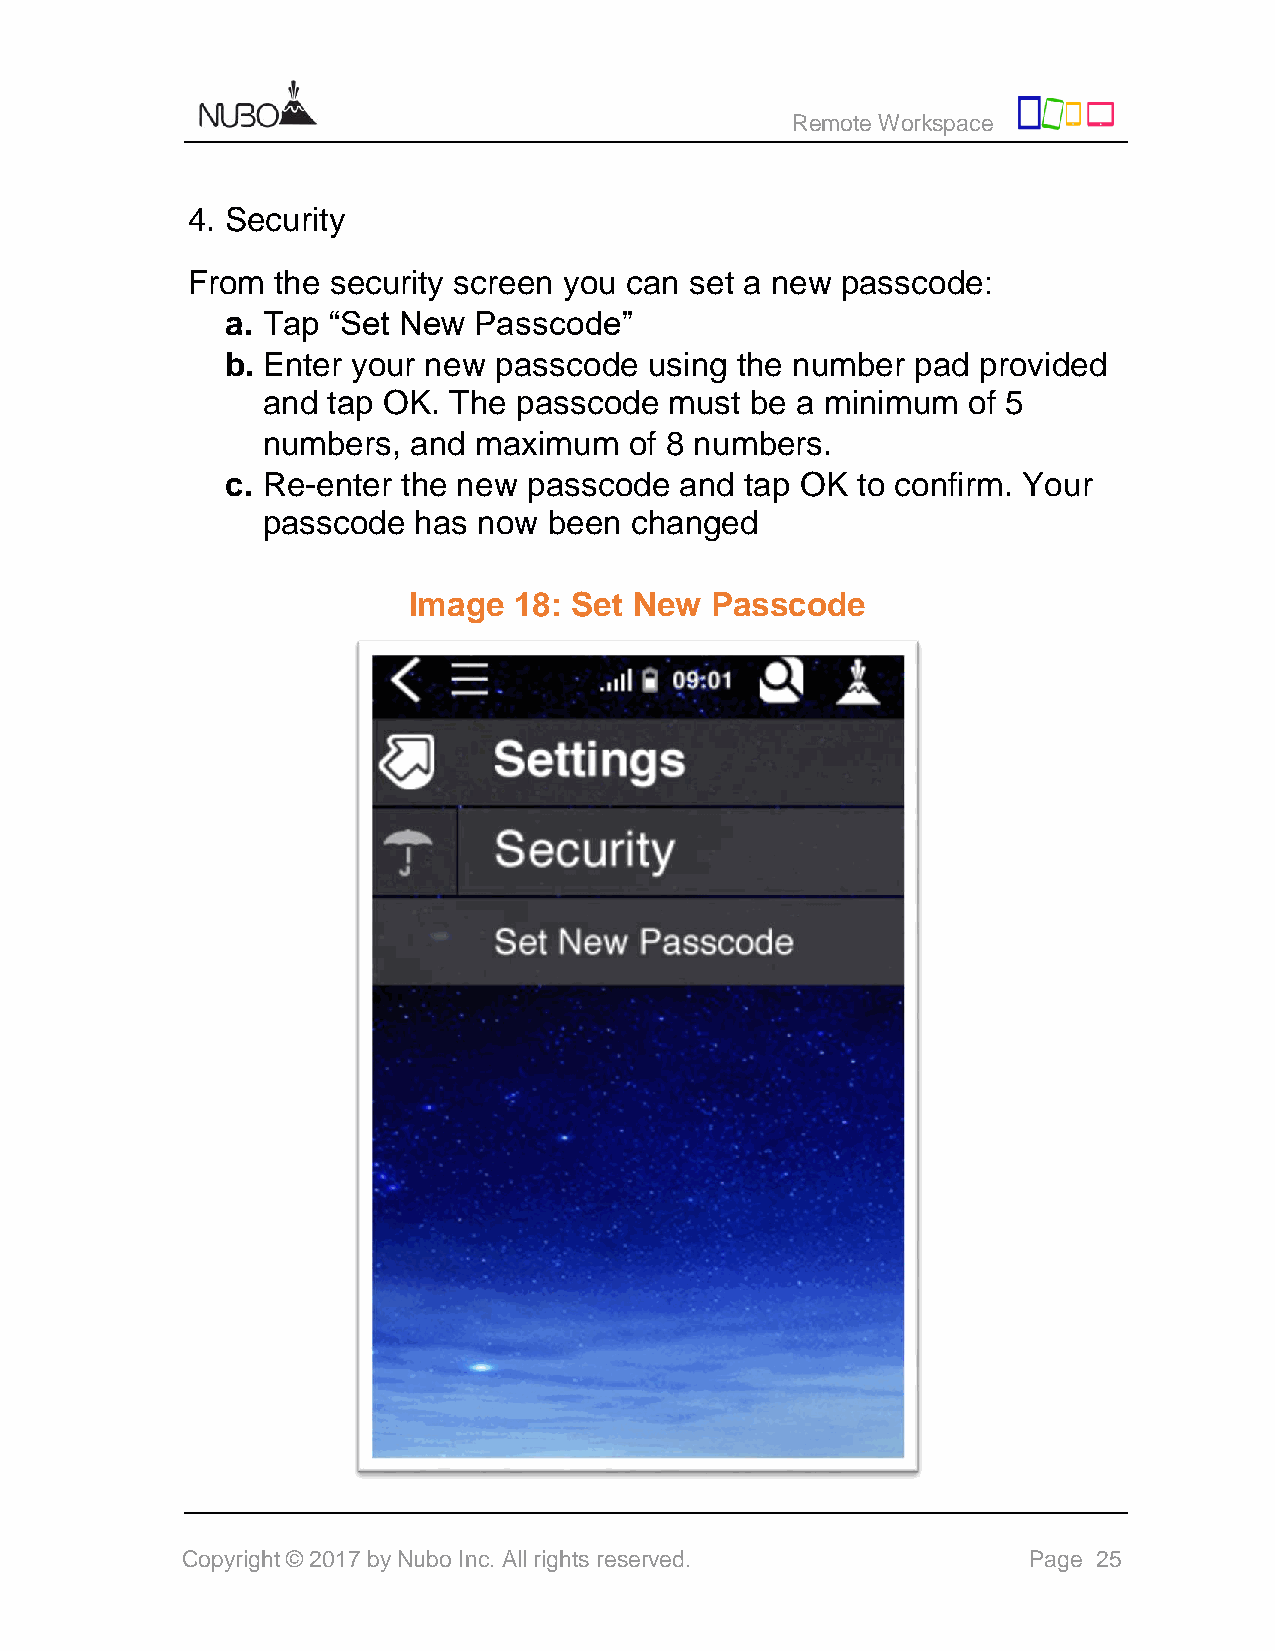
Remote Workspace
 4. Security
 From  the security screen you can set a new passcode:
 a. Tap “Set New Passcode”
 b. Enter your new passcode  using the number  pad provided
 and  tap OK. The passcode  must  be a minimum  of 5
 numbers,  and maximum    of 8 numbers.
 c. Re-enter the new passcode  and tap OK  to confirm. Your
 passcode  has  now been  changed
 Image  18: Set New  Passcode
 Copyright © 2017 by Nubo Inc. All rights reserved.      Page 25